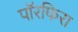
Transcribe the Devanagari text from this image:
पॉरफिरा